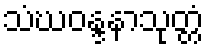
သံဃဝန္ဒနာသုတ္တံ